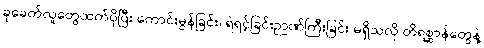
ခုခေတ်လူတွေထက်ပိုပြီး ကောင်းမွန်ခြင်း၊ ရဲရင့်ခြင်းဉာဏ်ကြီးခြင်း မရှိသလို တိရစ္ဆာန်တွေနဲ့